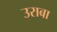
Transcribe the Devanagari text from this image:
उराबा